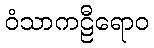
ဝံသာကဠီရောဝ